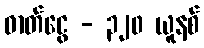
ဓာတ်ငွေ - ၃၂၀ ယူနစ်